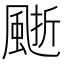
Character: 𩗙